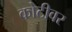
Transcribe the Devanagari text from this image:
कोटीवर